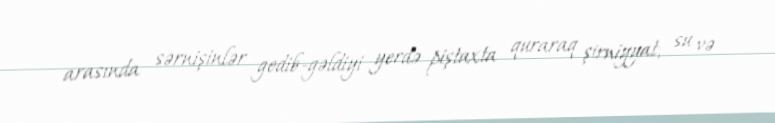
arasında sərnişinlər gedib-gəldiyi yerdə piştaxta quraraq şirniyyat, su və